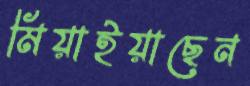
মিয়াইয়াছেন